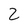
Character: 2